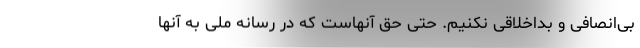
بی‌انصافی و بداخلاقی نکنیم. حتی حق آنهاست که در رسانه ملی به آنها